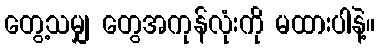
တွေ့သမျှ တွေအကုန်လုံးကို မထားပါနဲ့။